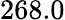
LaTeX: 268.0